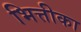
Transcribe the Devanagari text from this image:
भित्तीका